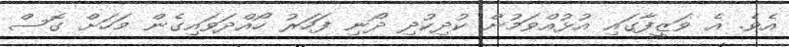
އެވެ. އެ ވަޒީފާގައި އުޅުއްވަމުން ކުދިކުދި ދޯނި ފަހަރު ހޯއްދަވައިގެން މަހަށް ގޮސް